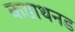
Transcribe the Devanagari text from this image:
कडाथनड